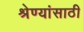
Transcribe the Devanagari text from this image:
श्रेण्यांसाठी